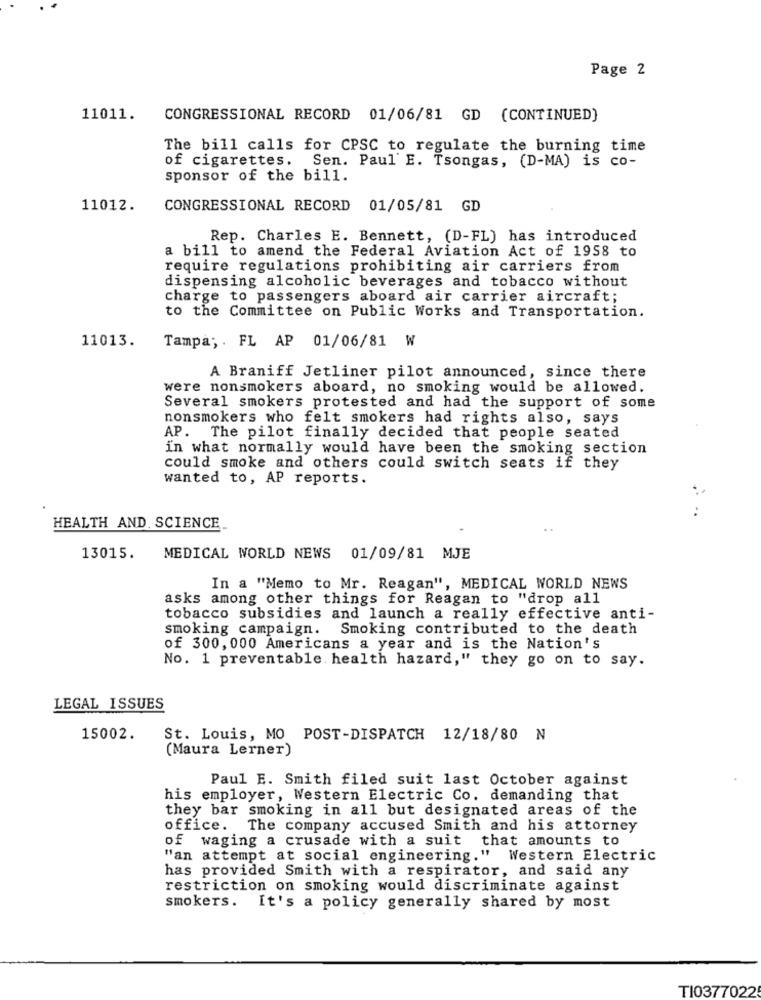
Page 2
11011.
CONGRESSIONAL RECORD 01/06/81 GD (CONTINUED)
The bill calls for CPSC to regulate the burning time
of cigarettes. Sen. Paul E. Tsongas, (D-MA) is co-
sponsor of the bill.
11012.
CONGRESSIONAL RECORD 01/05/81 GD
Rep. Charles E. Bennett, (D-FL) has introduced
a bill to amend the Federal Aviation Act of 1958 to
require regulations prohibiting air carriers from
dispensing alcoholic beverages and tobacco without
charge to passengers aboard air carrier aircraft;
to the Committee on Public Works and Transportation.
11013.
Tampa; . FL AP 01/06/81 W
A Braniff Jetliner pilot announced, since there
were nonsmokers aboard, no smoking would be allowed.
Several smokers protested and had the support of some
nonsmokers who felt smokers had rights also, says
AP. The pilot finally decided that people seated
in what normally would have been the smoking section
could smoke and others could switch seats if they
wanted to, AP reports.
HEALTH AND. SCIENCE_
13015.
MEDICAL WORLD NEWS 01/09/81 MJE
In a "Memo to Mr. Reagan", MEDICAL WORLD NEWS
asks among other things for Reagan to "drop all
tobacco subsidies and launch a really effective anti-
smoking campaign. Smoking contributed to the death
of 300, 000 Americans a year and is the Nation's
No. 1 preventable health hazard," they go on to say.
LEGAL ISSUES
15002.
St. Louis, MO POST-DISPATCH 12/18/80 N
(Maura Lerner)
Paul E. Smith filed suit last October against
his employer, Western Electric Co. demanding that
they bar smoking in all but designated areas of the
office. The company accused Smith and his attorney
of waging a crusade with a suit that amounts to
"an attempt at social engineering." Western Electric
has provided Smith with a respirator, and said any
restriction on smoking would discriminate against
smokers. It's a policy generally shared by most
TI0377022